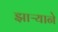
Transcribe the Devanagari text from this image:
झाऱ्याने